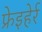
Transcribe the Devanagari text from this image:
फ्रेइहेर्र